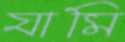
যামি